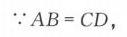
$\because AB = CD,$